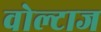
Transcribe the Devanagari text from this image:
वोल्टाज